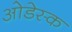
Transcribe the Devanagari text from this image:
ओडेस्क